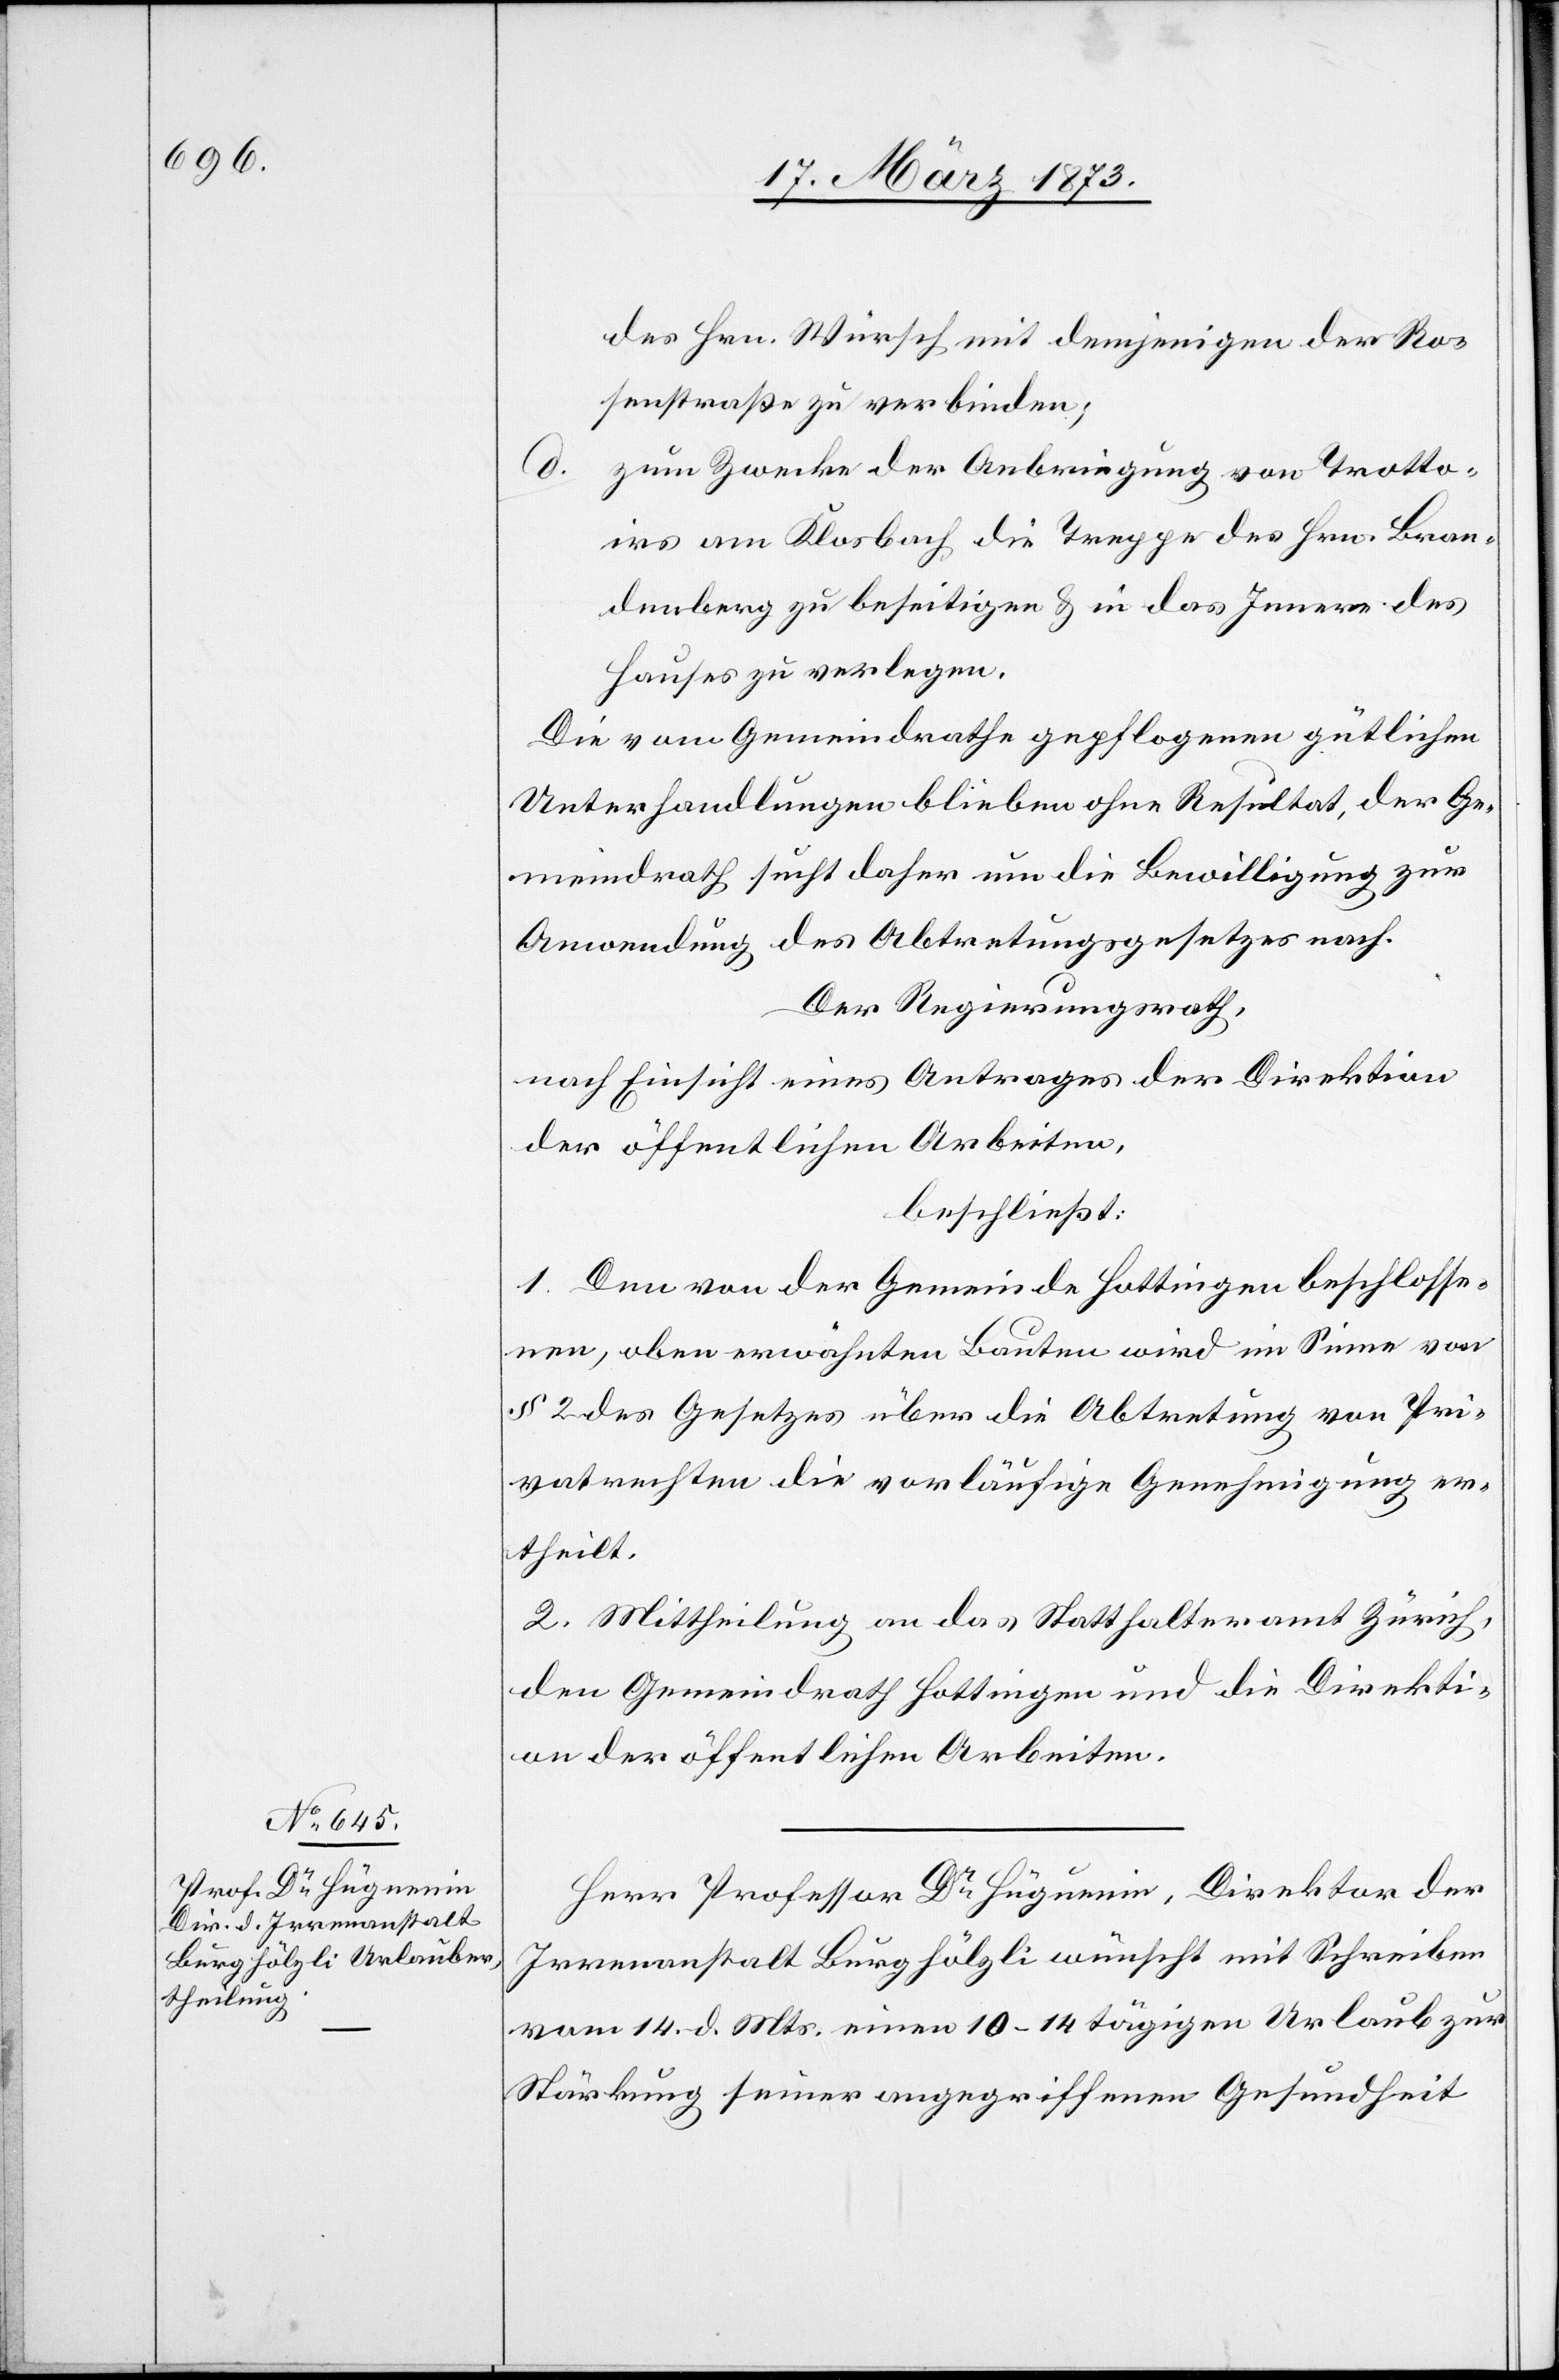
des Hrn. Würsch mit demjenigen der Ro¬
senstraße zu verbinden;
d.
zum Zwecke der Anbringung von Trotto¬
irs am Klosbach die Treppe des Hrn. Bran¬
denberg zu beseitigen u. in das Innere des
Hauses zu verlegen.
Die vom Gemeindrathe gepflogenen gütlichen
Unterhandlungen blieben ohne Resultat, der Ge¬
meindrath sucht daher um die Bewilligung zur
Anwendung des Abtretungsgesetzes nach.
Der Regierungsrath,
nach Einsicht eines Antrages der Direktion
der öffentlichen Arbeiten,
beschließt:
1. Den von der Gemeinde Hottingen beschlosse¬
nen, oben erwähnten Bauten wird im Sinne von
§ 2 des Gesetzes über die Abtretung von Pri¬
vatrechten die vorläufige Genehmigung er¬
theilt.
2. Mittheilung an das Statthalteramt Zürich,
den Gemeindrath Hottingen und die Direkti¬
on der öffentlichen Arbeiten.
Herr Professor Dr Hüguenin, Direktor der
Irrenanstalt Burghölzli wünscht mit Schreiben
vom 14. d. Mts. einen 10–14 tägigen Urlaub zur
Stärkung seiner angegriffenen Gesundheit